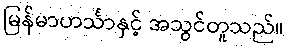
မြန်မာဟင်္သာနှင့် အသွင်တူသည်။